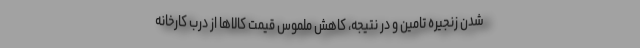
شدن زنجیره تامین و در نتیجه، کاهش ملموس قیمت کالاها از درب کارخانه